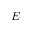
\cal E